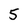
Character: 5